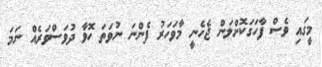
މީގައި ވެސް ފާހަގަކޮށްލަން ޖެހެނީ މާވަހަރު ފެންނަ ނުވަތަ ހޮވާ ދުވަސްވަރެއް ނަމަ